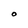
Character: O